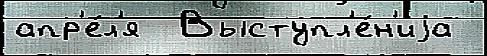
апр'е́л'я  Выступл'е́н'иjа